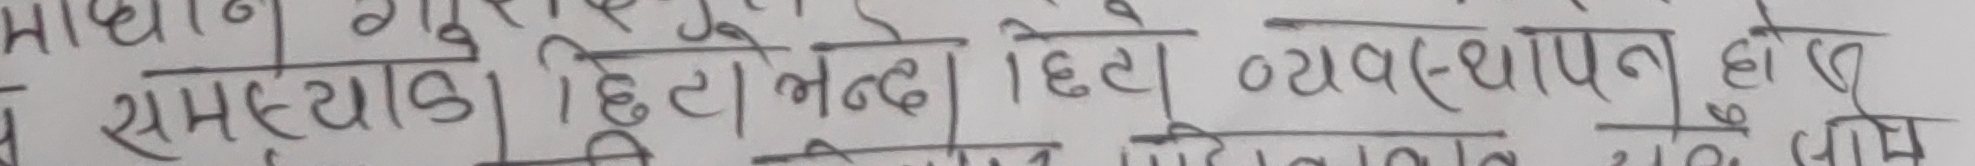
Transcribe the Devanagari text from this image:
माध्यान गुरु शिष्याइ हिते भन्दै हिते व्यवस्थापन हो